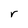
Character: r